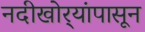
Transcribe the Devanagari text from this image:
नदीखोर्‍यांपासून